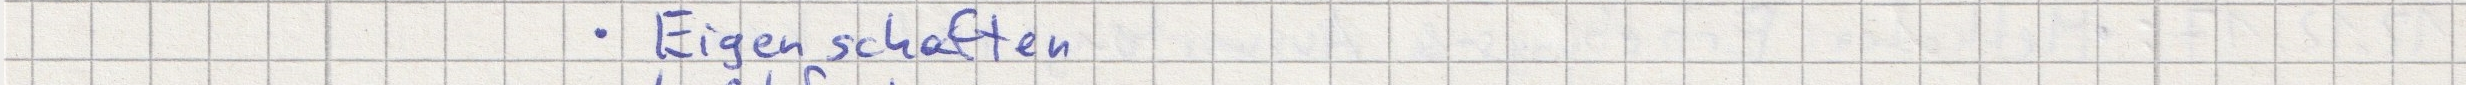
- Eigenschaften